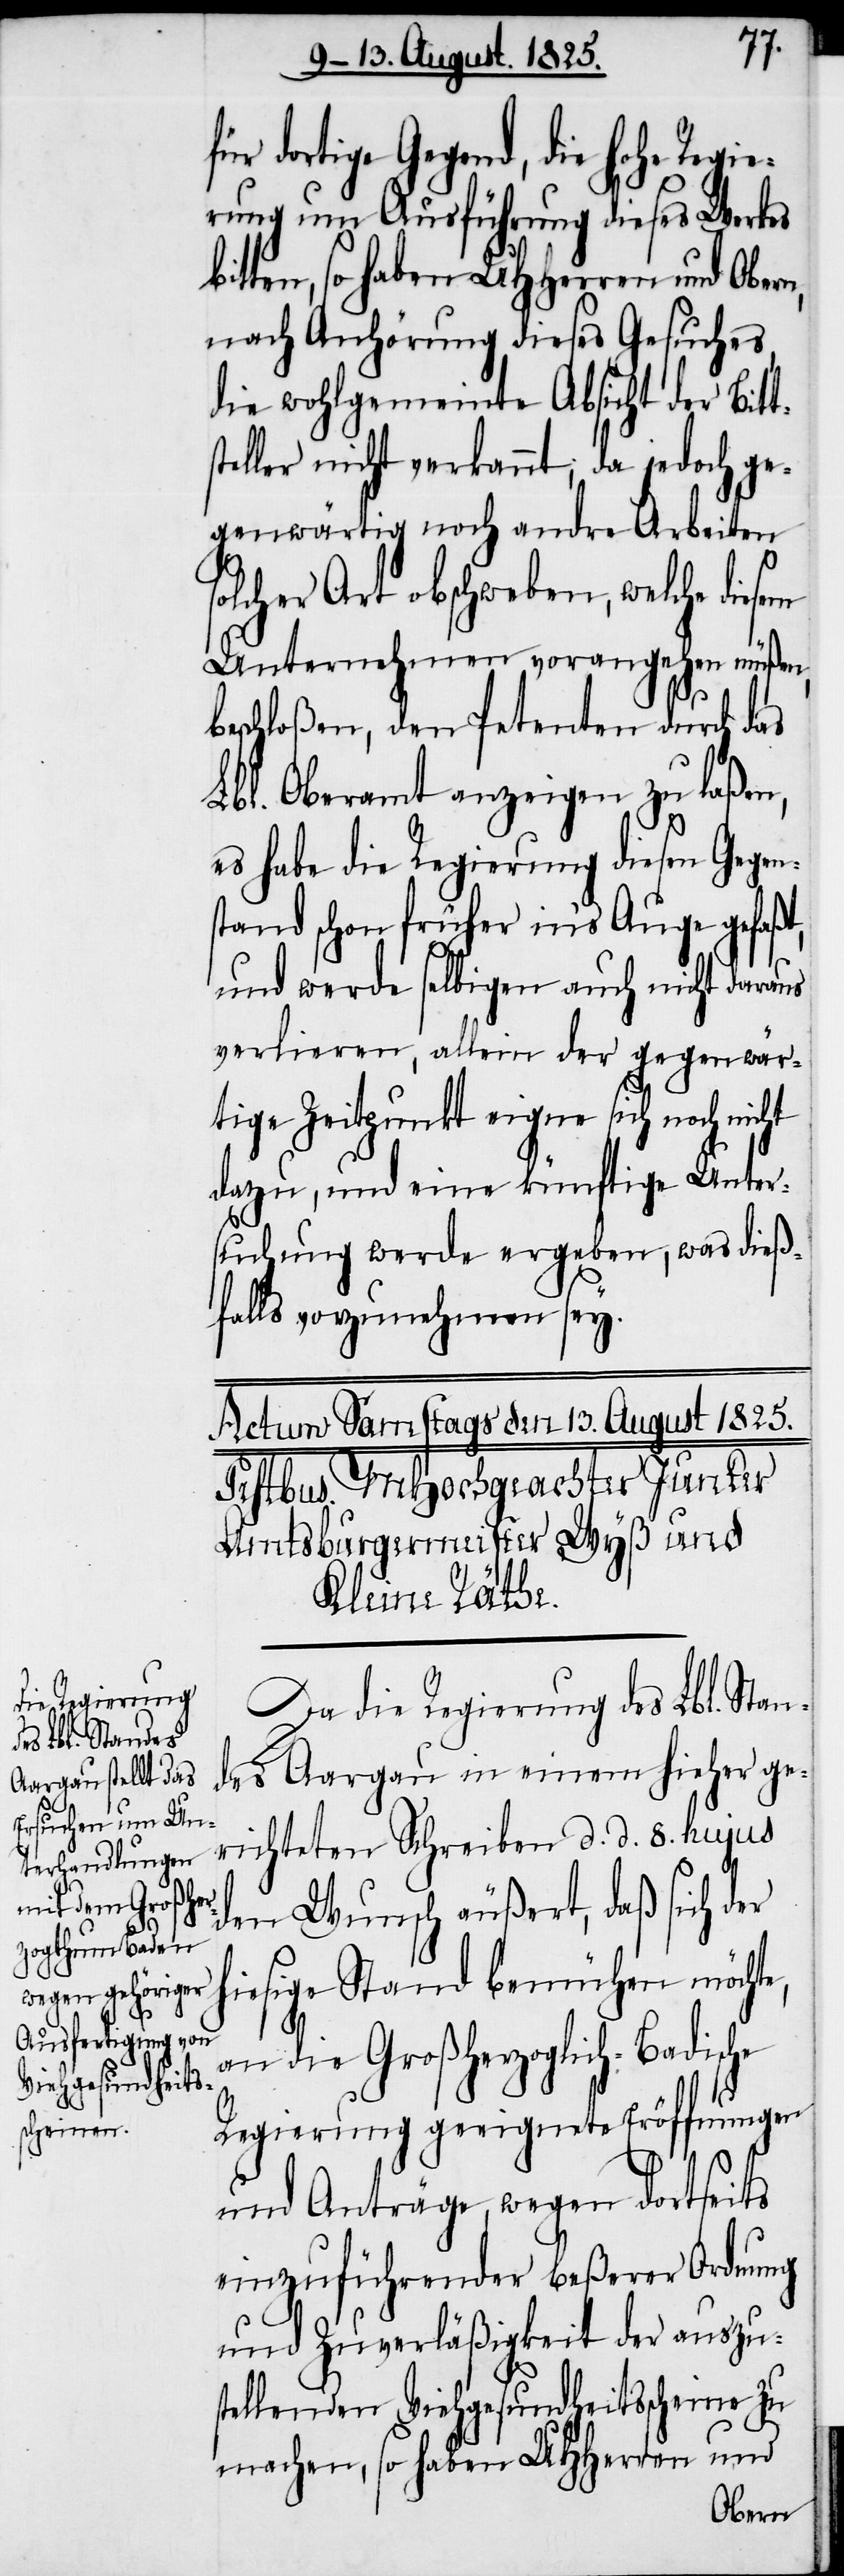
e,
für dortige Gegend, die hohe Regi¬
erung um Ausführung dieses Werkes
ten, so haben UHherren und Obern,
nach Anhörung dieses Gesuches,
die wohlgemeinte Absich¬
Bitt¬
teller nicht verkannt; da
Gegen¬
genwärtig noch andre
ten
solcher Art abschweben, welche diesem
Unternehmen voran¬
nicht
n, w¬
beschloßen, den Petenten
laßen,
Lbl. Oberamt anzeigen
es habe die Regierung
gefaßt,
stand schon früher in’s
und werde selbigen auch
verlieren, allein der gegenwär¬
tige Zeitpunct eigne sich noch nicht
dazu, und eine künftige Unter¬
as dieß¬
suchung werde ergebe¬
falls vorzunehmen sey.
Da die Regierung des Lbl. Stan¬
des Aargau in einem hieher ge¬
richteten Schreiben d. d. 8. hujus
den Wunsch äußert, daß sich der
hiesige Stand bemühen möcht¬
an die Großherzoglich-Badische
Regierung geeignete Eröffnungen
und Anträge, wegen dortseits
einzuführender beßerer Ordnung
und Zuverläßigkeit der auszus¬
tellenden Viehgesundheitsscheine zu
machen, so haben UHHerren und